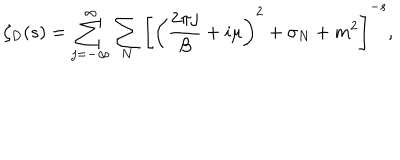
\zeta _ { \cal D } ( s ) = \sum _ { j = - \infty } ^ { \infty } \sum _ { N } \left[ \left( { \frac { 2 \pi j } { \beta } } + i \mu \right) ^ { 2 } + \sigma _ { N } + m ^ { 2 } \right] ^ { - s } ,